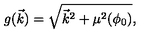
g ( \vec { k } ) = \sqrt { { \vec { k } } ^ { 2 } + \mu ^ { 2 } ( \phi _ { 0 } ) } ,